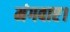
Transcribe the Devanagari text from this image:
मंगवाए।